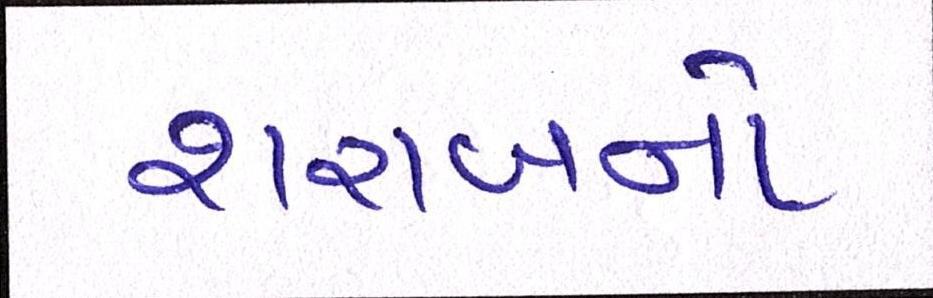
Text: શરાબનો